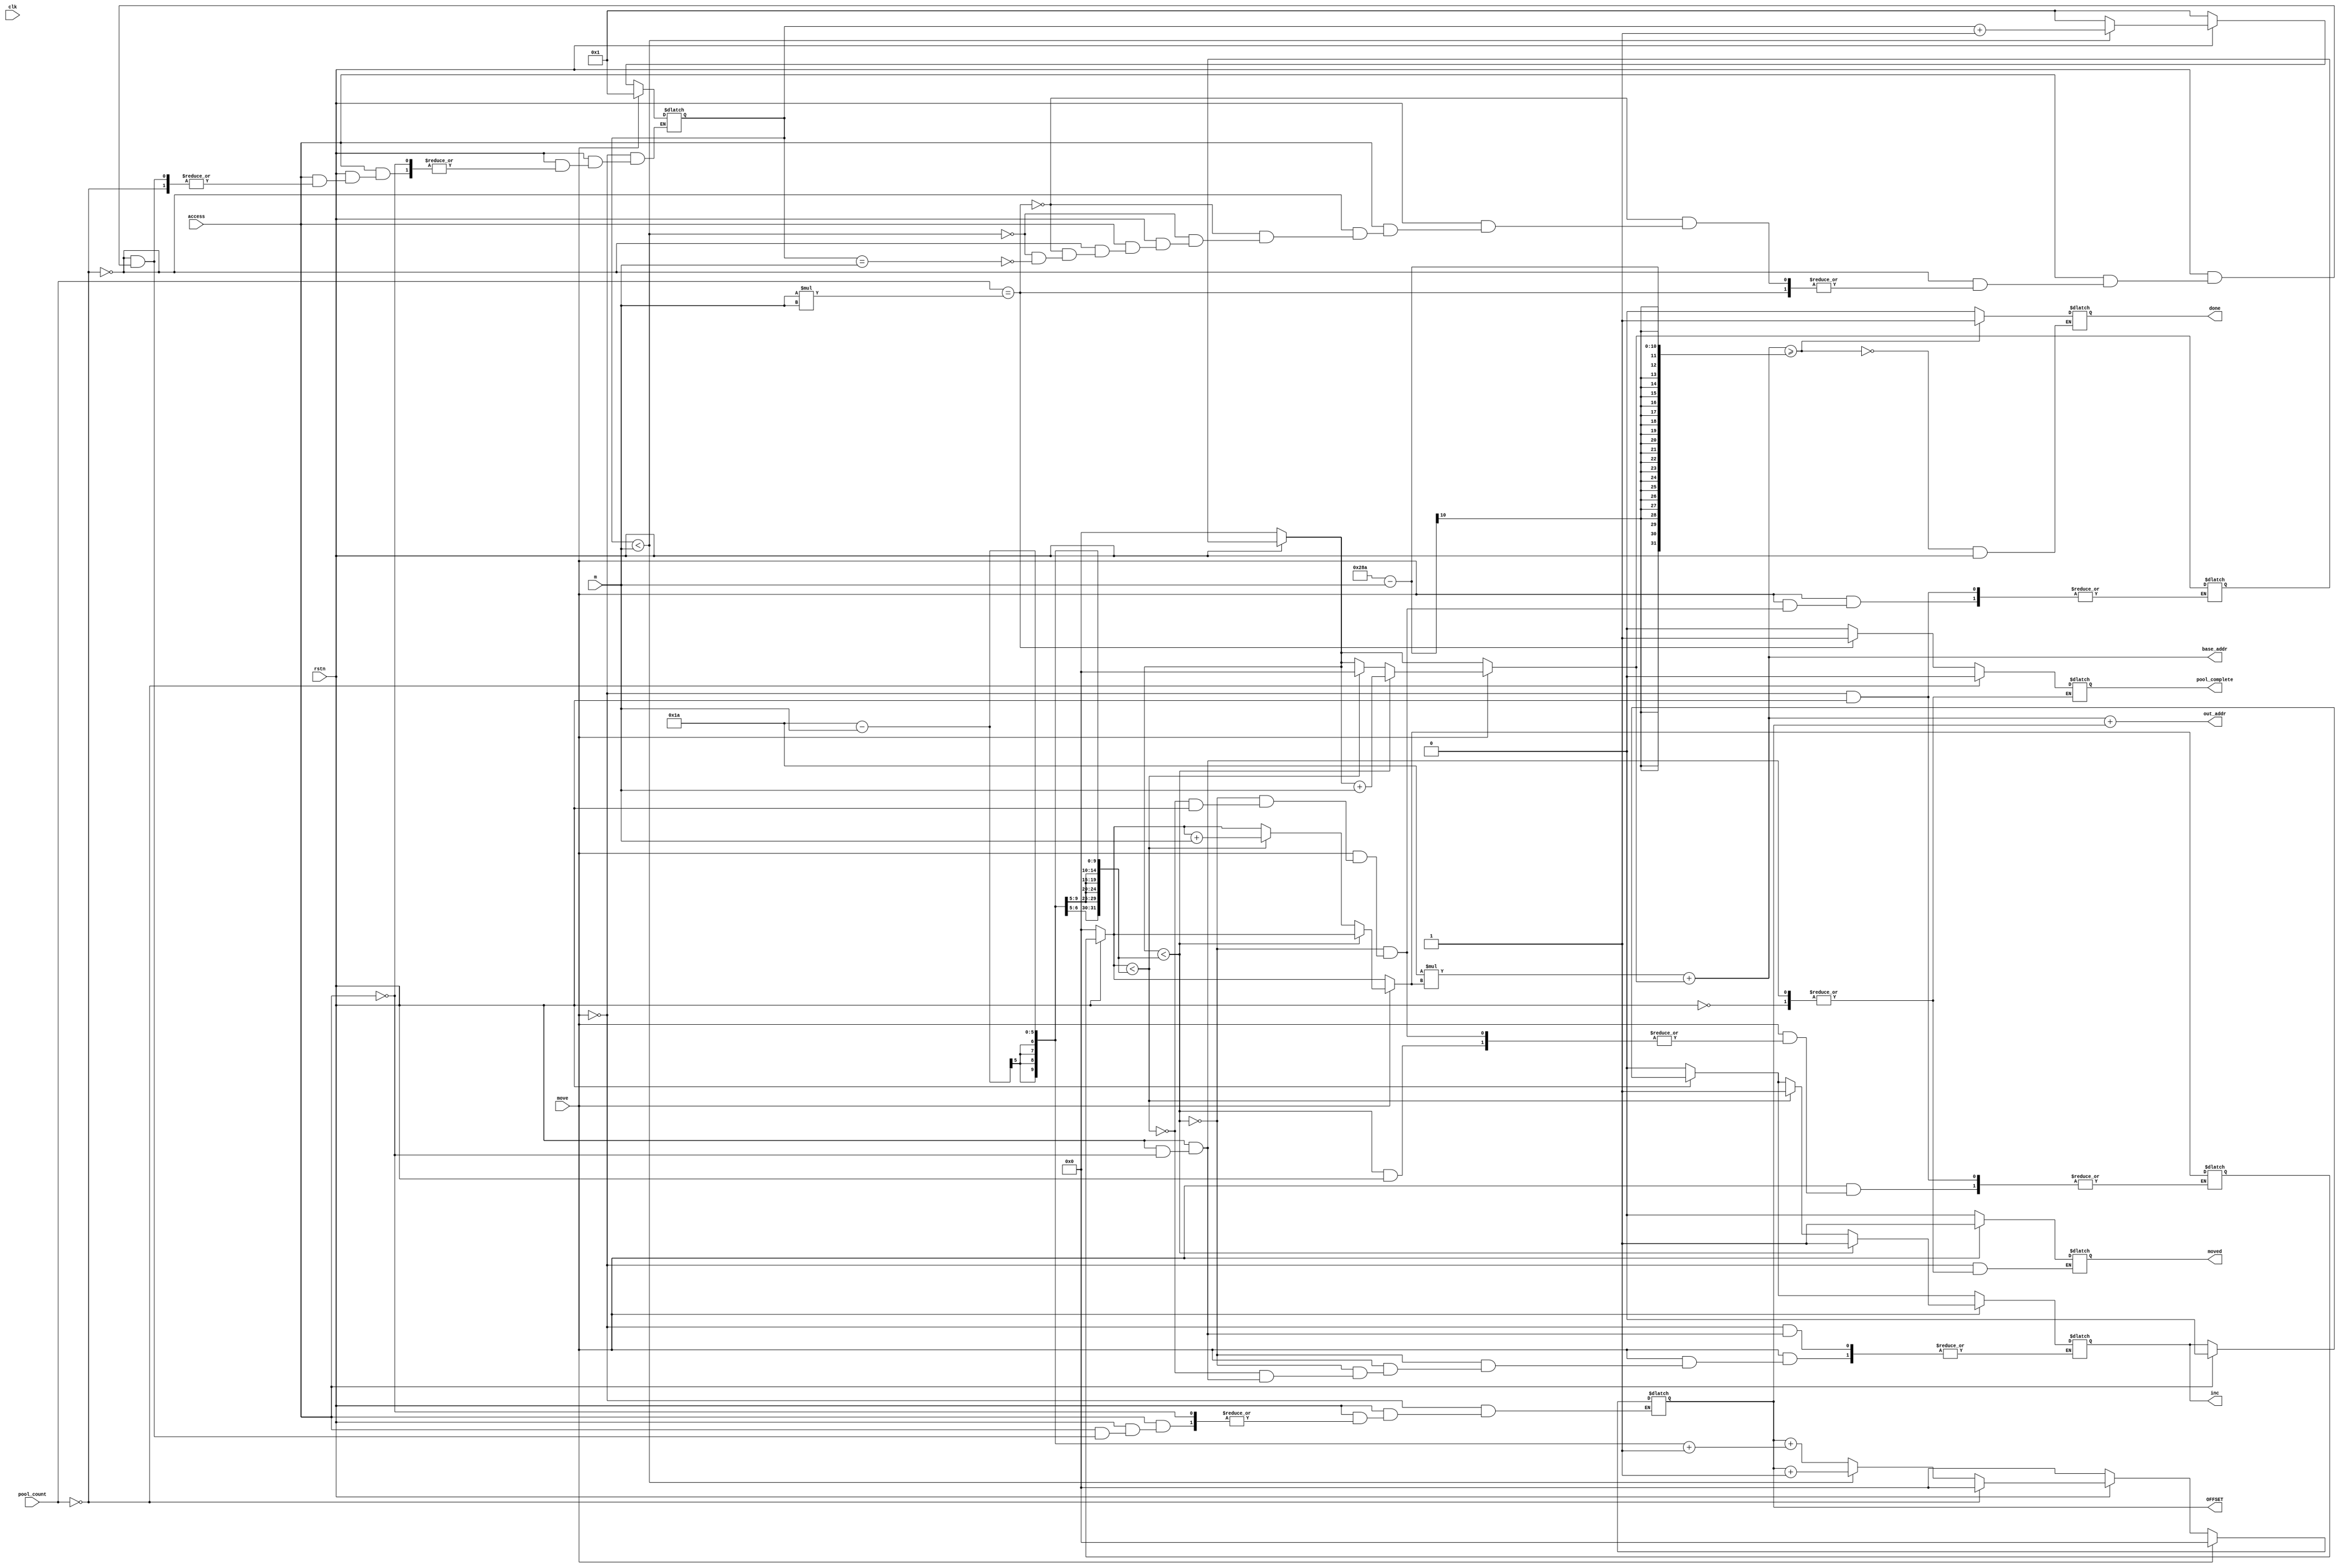
`timescale 1ns / 1ps


module IAG_mp #(parameter M=26,N=26)(
        input clk,rstn,
        input [3 : 0]m,
        input access,move,
        input [9:0]pool_count,
        output reg inc,
        output wire [9:0] OFFSET,
        output reg pool_complete,
        output [15:0]out_addr,
        output reg done, 
        output reg moved,
        output reg [15:0]base_addr
    );
 
        reg [9:0]col_offset;
        reg [9:0]row_offset;//row_offset and col_offset used to describe the base address
        reg [9:0]offset;//offset is used to find the next addresses.It changes as 0,1,2,...,m-1
        reg [9:0]bit_number;//to keep track of column(1,2...m)
        // pool_count//number of elements accessed if the pool (total m elements should be accessed)
        //pool_complete//indicates one pool done if value=1
        //access//in access state,we get all the elements of 1 pool(base_addr remains constant throughout and offset on changes
        //move//moves the base_addr down by m rows.Done by increasing row_offset by m and bringing col_offset to 0.
        
        
        always @(*)
        begin
            if(!rstn)
            begin
              base_addr = 0;
              offset = 0;
              col_offset=0;
              row_offset=0;
              bit_number=1;
              done=0;
              inc=0;
            end
            else if (access)
            begin
                moved=0;
                inc = 0;
               base_addr = (M*row_offset)+col_offset;
               pool_complete=0;
               if(pool_count ==0)
               begin
                 offset=0;
               end
               else if(pool_count == (m*m))
               pool_complete = 1;
               else
               begin
                    if(bit_number<m)
                    begin
                        offset = offset+1;
                        bit_number = bit_number+1;
                    end
                    else if(bit_number==(m))
                    begin
                        offset = offset+(M-m+1);
                        bit_number = 1;
                    end
               end      
            end 

            if(move)
            begin
                bit_number=1;
                offset=0;
                base_addr = (M*row_offset)+col_offset;
              if(col_offset < N-m)
              begin
                 col_offset = col_offset +m;
                 inc = 1;
              end
              else if(row_offset < M-m)
              begin
              row_offset = row_offset +m;
              inc=1;
              col_offset = 0;
              end
              moved =1;
            end
      
            base_addr = (M*row_offset)+col_offset;
           
            if(base_addr >= ((M*N)-M-m))
            done =1;
            
         end
           
         assign OFFSET = offset;
         assign out_addr = base_addr + offset; 
         
endmodule